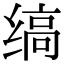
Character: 缟